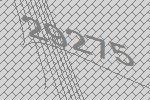
29275